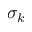
\sigma _ { k }